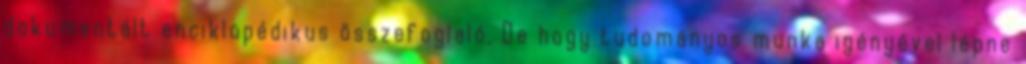
dokumentált enciklopédikus összefoglaló. De hogy tudományos munka igényével lépne